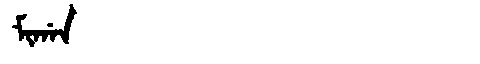
Manchu: ᠮᡳᡤᠠᠨ
Romanization: MIGAN